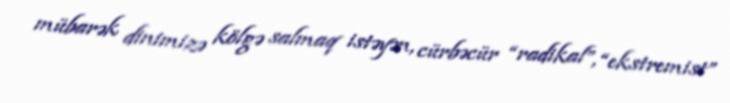
mübarək dinimizə kölgə salmaq istəyən, cürbəcür “radikal”, “ekstremist”